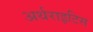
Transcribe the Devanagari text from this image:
अर्थराइटिस